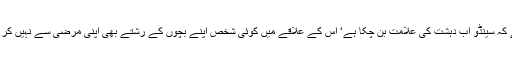
کبھی اس کے کسی محلے دار سے ملاقات ہوتی ہے تو پتا چلتا ہے کہ سینڈو اب دہشت کی علامت بن چکا ہے‘ اس کے علاقے میں کوئی شخص اپنے بچوں کے رشتے بھی اپنی مرضی سے نہیں کر سکتا‘ اس کے لیے بھی سینڈو کی آشیرباد کی ضرورت پڑتی ہے۔